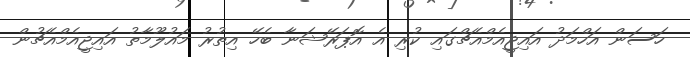
ހަސަން އަހްމަދު އައިޖީއެމްއެޗްގައި ކުރި އެ އޮޕަރޭޝަނާ ބެހޭ އިތުރު މައުލޫމާތު އައިޖީއެމްއެޗުން